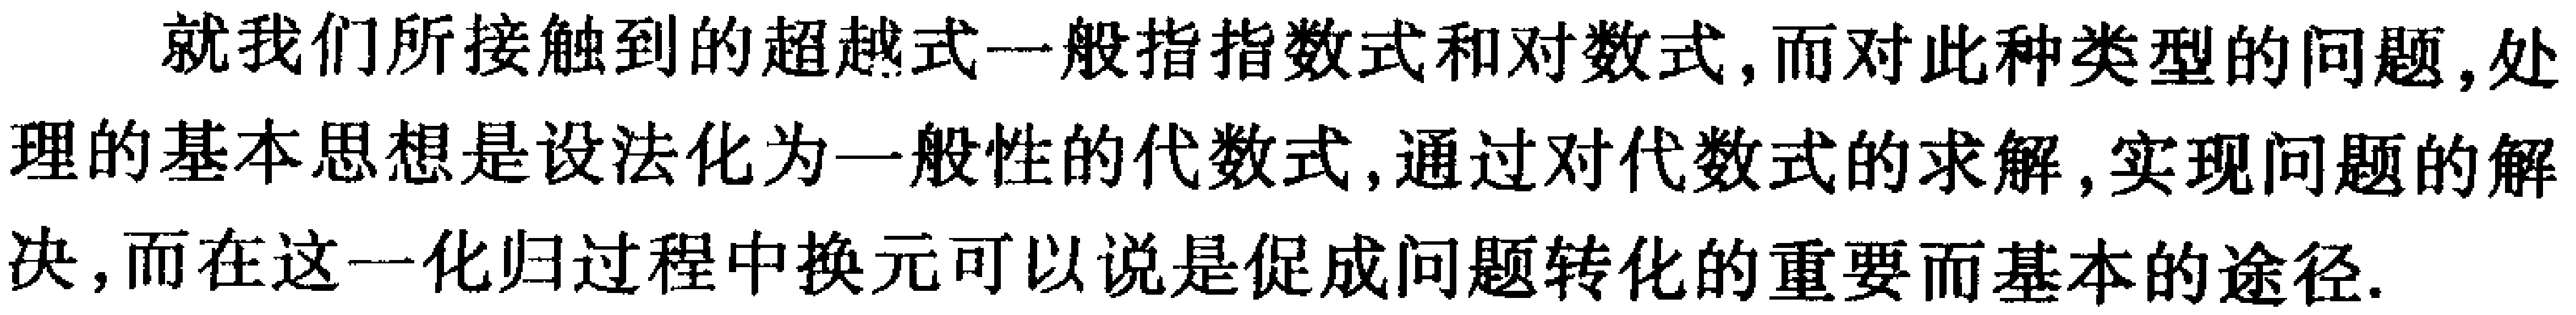
就我们所接触到的超越式一般指指数式和对数式,而对此种类型的问题,处理的基本思想是设法化为一般性的代数式,通过对代数式的求解,实现问题的解决,而在这一化归过程中换元可以说是促成问题转化的重要而基本的途径.